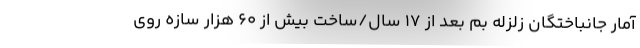
آمار جانباختگان زلزله بم بعد از ۱۷ سال/ساخت بیش از ۶۰ هزار سازه روی